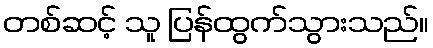
တစ်ဆင့် သူ ပြန်ထွက်သွားသည်။